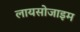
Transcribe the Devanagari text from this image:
लायसोजाइम